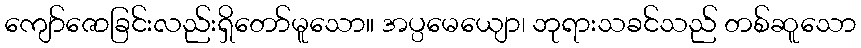
ကျော်ဇောခြင်းလည်းရှိတော်မူသော။ အပ္ပမေယျော၊ ဘုရားသခင်သည် တစ်ဆူသော